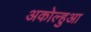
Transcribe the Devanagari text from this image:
अकोल्हुआ